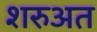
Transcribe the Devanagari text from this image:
शरुअत